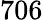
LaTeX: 706